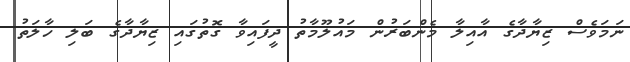
ނަމަވެސް ޒިޔާދާގެ އާއިލާ މެންބަރުން މައުލޫމާތު ދީފައިވާ ގޮތުގައި ޒިޔާދާގެ ބަލި ހާލަތު